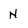
Character: N